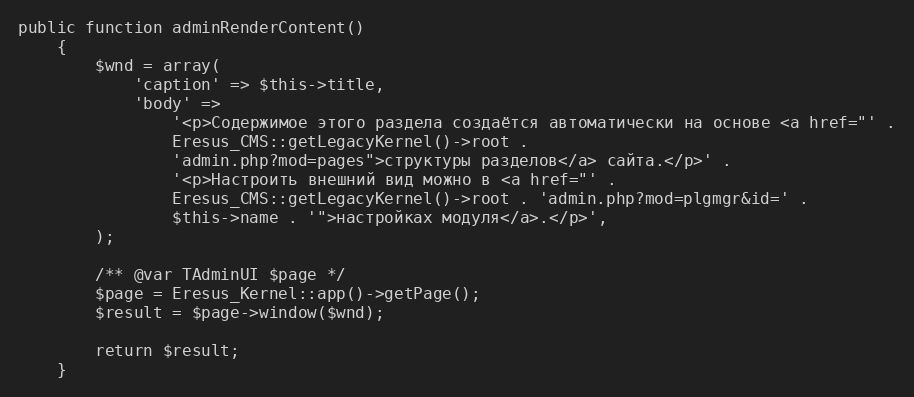
Language: PHP
public function adminRenderContent()
    {
        $wnd = array(
            'caption' => $this->title,
            'body' =>
                '<p>Содержимое этого раздела создаётся автоматически на основе <a href="' .
                Eresus_CMS::getLegacyKernel()->root .
                'admin.php?mod=pages">структуры разделов</a> сайта.</p>' .
                '<p>Настроить внешний вид можно в <a href="' .
                Eresus_CMS::getLegacyKernel()->root . 'admin.php?mod=plgmgr&id=' .
                $this->name . '">настройках модуля</a>.</p>',
        );

        /** @var TAdminUI $page */
        $page = Eresus_Kernel::app()->getPage();
        $result = $page->window($wnd);

        return $result;
    }